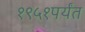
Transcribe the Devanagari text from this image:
१९५१पर्यंत